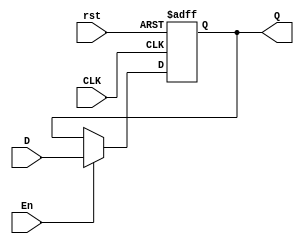
`timescale 1ns / 1ps
module DFF_Asynch
(
    input D,
    input CLK,
    input rst,En,
    output reg Q
);
    always @(posedge CLK or posedge rst ) 
    begin
        if(rst)
            Q <=1'b0;
        else
            if(En)
                Q<=D;
    end 
endmodule